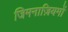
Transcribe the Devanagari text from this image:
जिमनाज़ियमों